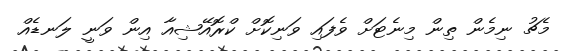
މެޗު ނިމެން ތިން މިނެޓަށް ވެފައި ވަނިކޮށް ކްރޮއޭޝިއާ އިން ވަނީ ލަނޑެއް